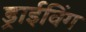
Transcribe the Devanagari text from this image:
ड्राईविंग